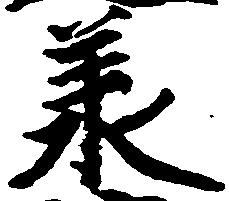
承